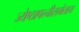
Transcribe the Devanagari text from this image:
ज्येष्ठापत्नीसमेताय